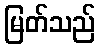
မြတ်သည်